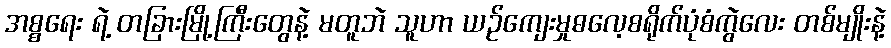
အစ္စရေး ရဲ့ တခြားမြို့ကြီးတွေနဲ့ မတူဘဲ သူဟာ ယဉ်ကျေးမှုဓလေ့စရိုက်ပုံစံကွဲလေး တစ်မျိုးနဲ့